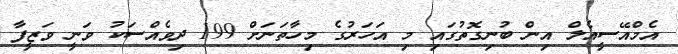
އެމްއޭސީއެލް އިން ބުނިގޮތުގައި މި އަހަރުގެ މިހާތަނަށް 199 ދިވެއްސަކު ވަނީ ވަޒީފާ